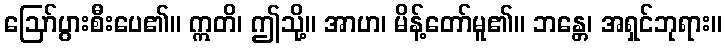
ဩော်ပွားစီးပေ၏။ ဣတိ၊ ဤသို့။ အာဟ၊ မိန့်တော်မူ၏။ ဘန္တေ၊ အရှင်ဘုရား။